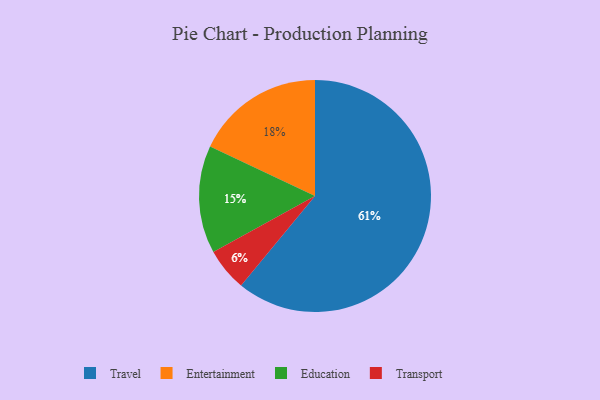
{"axis": {"x": "Category", "y": "Percentage"}, "legend": ["Education", "Entertainment", "Transport", "Travel"], "data": [{"x": "Transport", "y": 6, "type": "Transport"}, {"x": "Entertainment", "y": 18, "type": "Entertainment"}, {"x": "Travel", "y": 61, "type": "Travel"}, {"x": "Education", "y": 15, "type": "Education"}]}